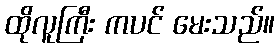
ထိုလူကြီး ကပင် မေးသည်။